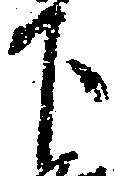
下